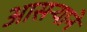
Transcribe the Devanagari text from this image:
आसऱ्याने